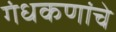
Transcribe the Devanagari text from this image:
गंधकणांचे